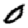
Digit: 0